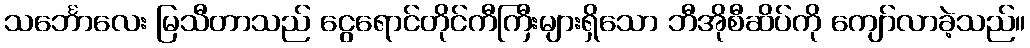
သင်္ဘောလေး မြသီတာသည် ငွေရောင်တိုင်ကီကြီးများရှိသော ဘီအိုစီဆိပ်ကို ကျော်လာခဲ့သည်။